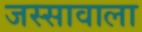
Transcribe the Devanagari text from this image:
जस्‍सावाला